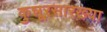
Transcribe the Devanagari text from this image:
कुन्नूरसारख्या